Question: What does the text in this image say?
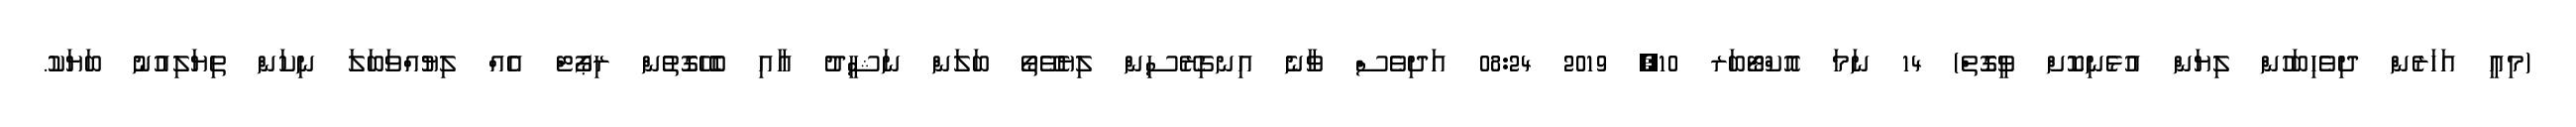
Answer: (މިއީ އަހަރެން ދިވެހިބަހުން ލިޔަން އުޅެނިކޮށް ވީގޮތް) 14 ނަމަ އޮކްޓޯބަރ 10, 2019 08:24 އަދިވެސް ވާނެ އިނގިރޭސިން ލިޔެވޭތޯ ބަލަން ނަޝީދު އާއި ބެހޭގޮތުން ރިޕޯޓް އެއް ލިޔުއްވަބަލަ ނިކަން ތިޔަލިއުނު ބަޔަކު.